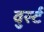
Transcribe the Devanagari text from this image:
वुर्स्ट